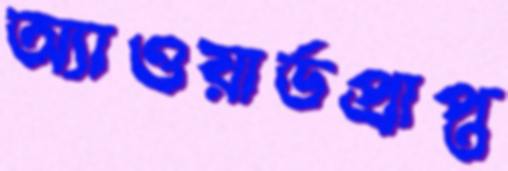
অ্যাওয়ার্ডপ্রাপ্ত